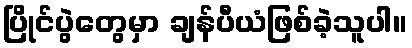
ပြိုင်ပွဲတွေမှာ ချန်ပီယံဖြစ်ခဲ့သူပါ။